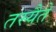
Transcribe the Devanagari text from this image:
तस्यैते